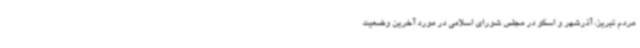
مردم تبریز، آذرشهر و اسکو در مجلس شورای اسلامی در مورد آخرین وضعیت